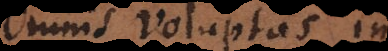
mnis voluptas in